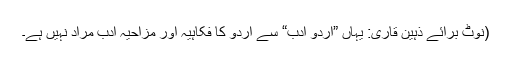
(نوٹ برائے ذہین قاری: یہاں ”اردو ادب“ سے اردو کا فکاہیہ اور مزاحیہ ادب مراد نہیں ہے۔